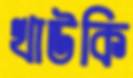
খাউকি